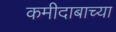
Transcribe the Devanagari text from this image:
कमीदाबाच्या